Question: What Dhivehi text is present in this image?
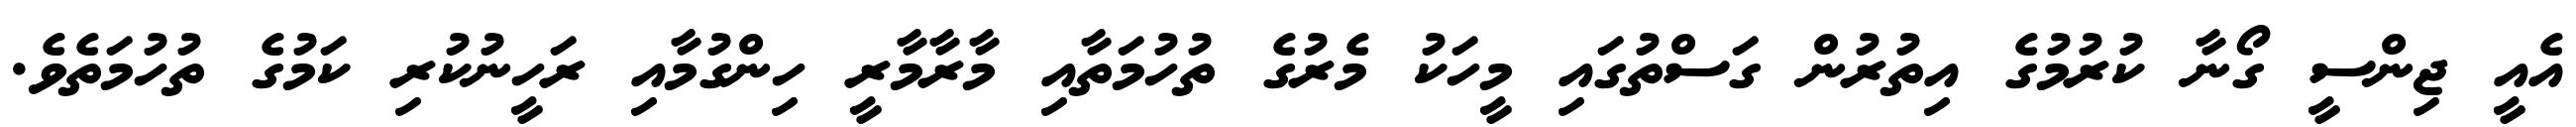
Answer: އެއީ ޖިންސީ ގޯނާ ކުރުމުގެ އިތުރުން ގަސްތުގައި މީހަކު މެރުގެ ތުހުމަތާއި މާރާމާރީ ހިންގުމާއި ރަހީނުކުރި ކަމުގެ ތުހުމަތެވެ.